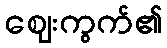
ဈေးကွက်၏